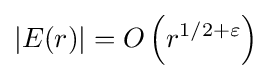
|E(r)|=O\left(r^{1/2+\varepsilon }\right)